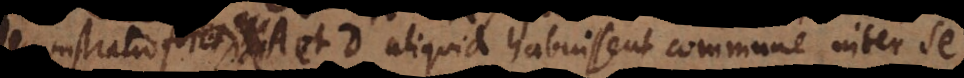
demonstratio foret, etsi A et D aliquid habuissent commune inter se